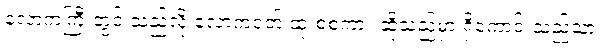
လောကကြီးတွင် သည်လို လောကဝတ် ထုံးစံစကား ဆိုသည်မှာ ရှိကောင်းသည်သာ။